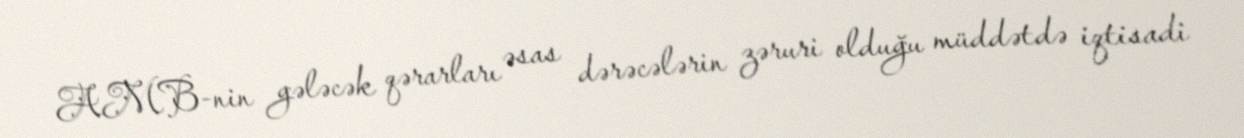
AMB-nin gələcək qərarları əsas dərəcələrin zəruri olduğu müddətdə iqtisadi